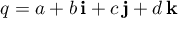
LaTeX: q = a + b \, \mathbf { i } + c \, \mathbf { j } + d \, \mathbf { k }